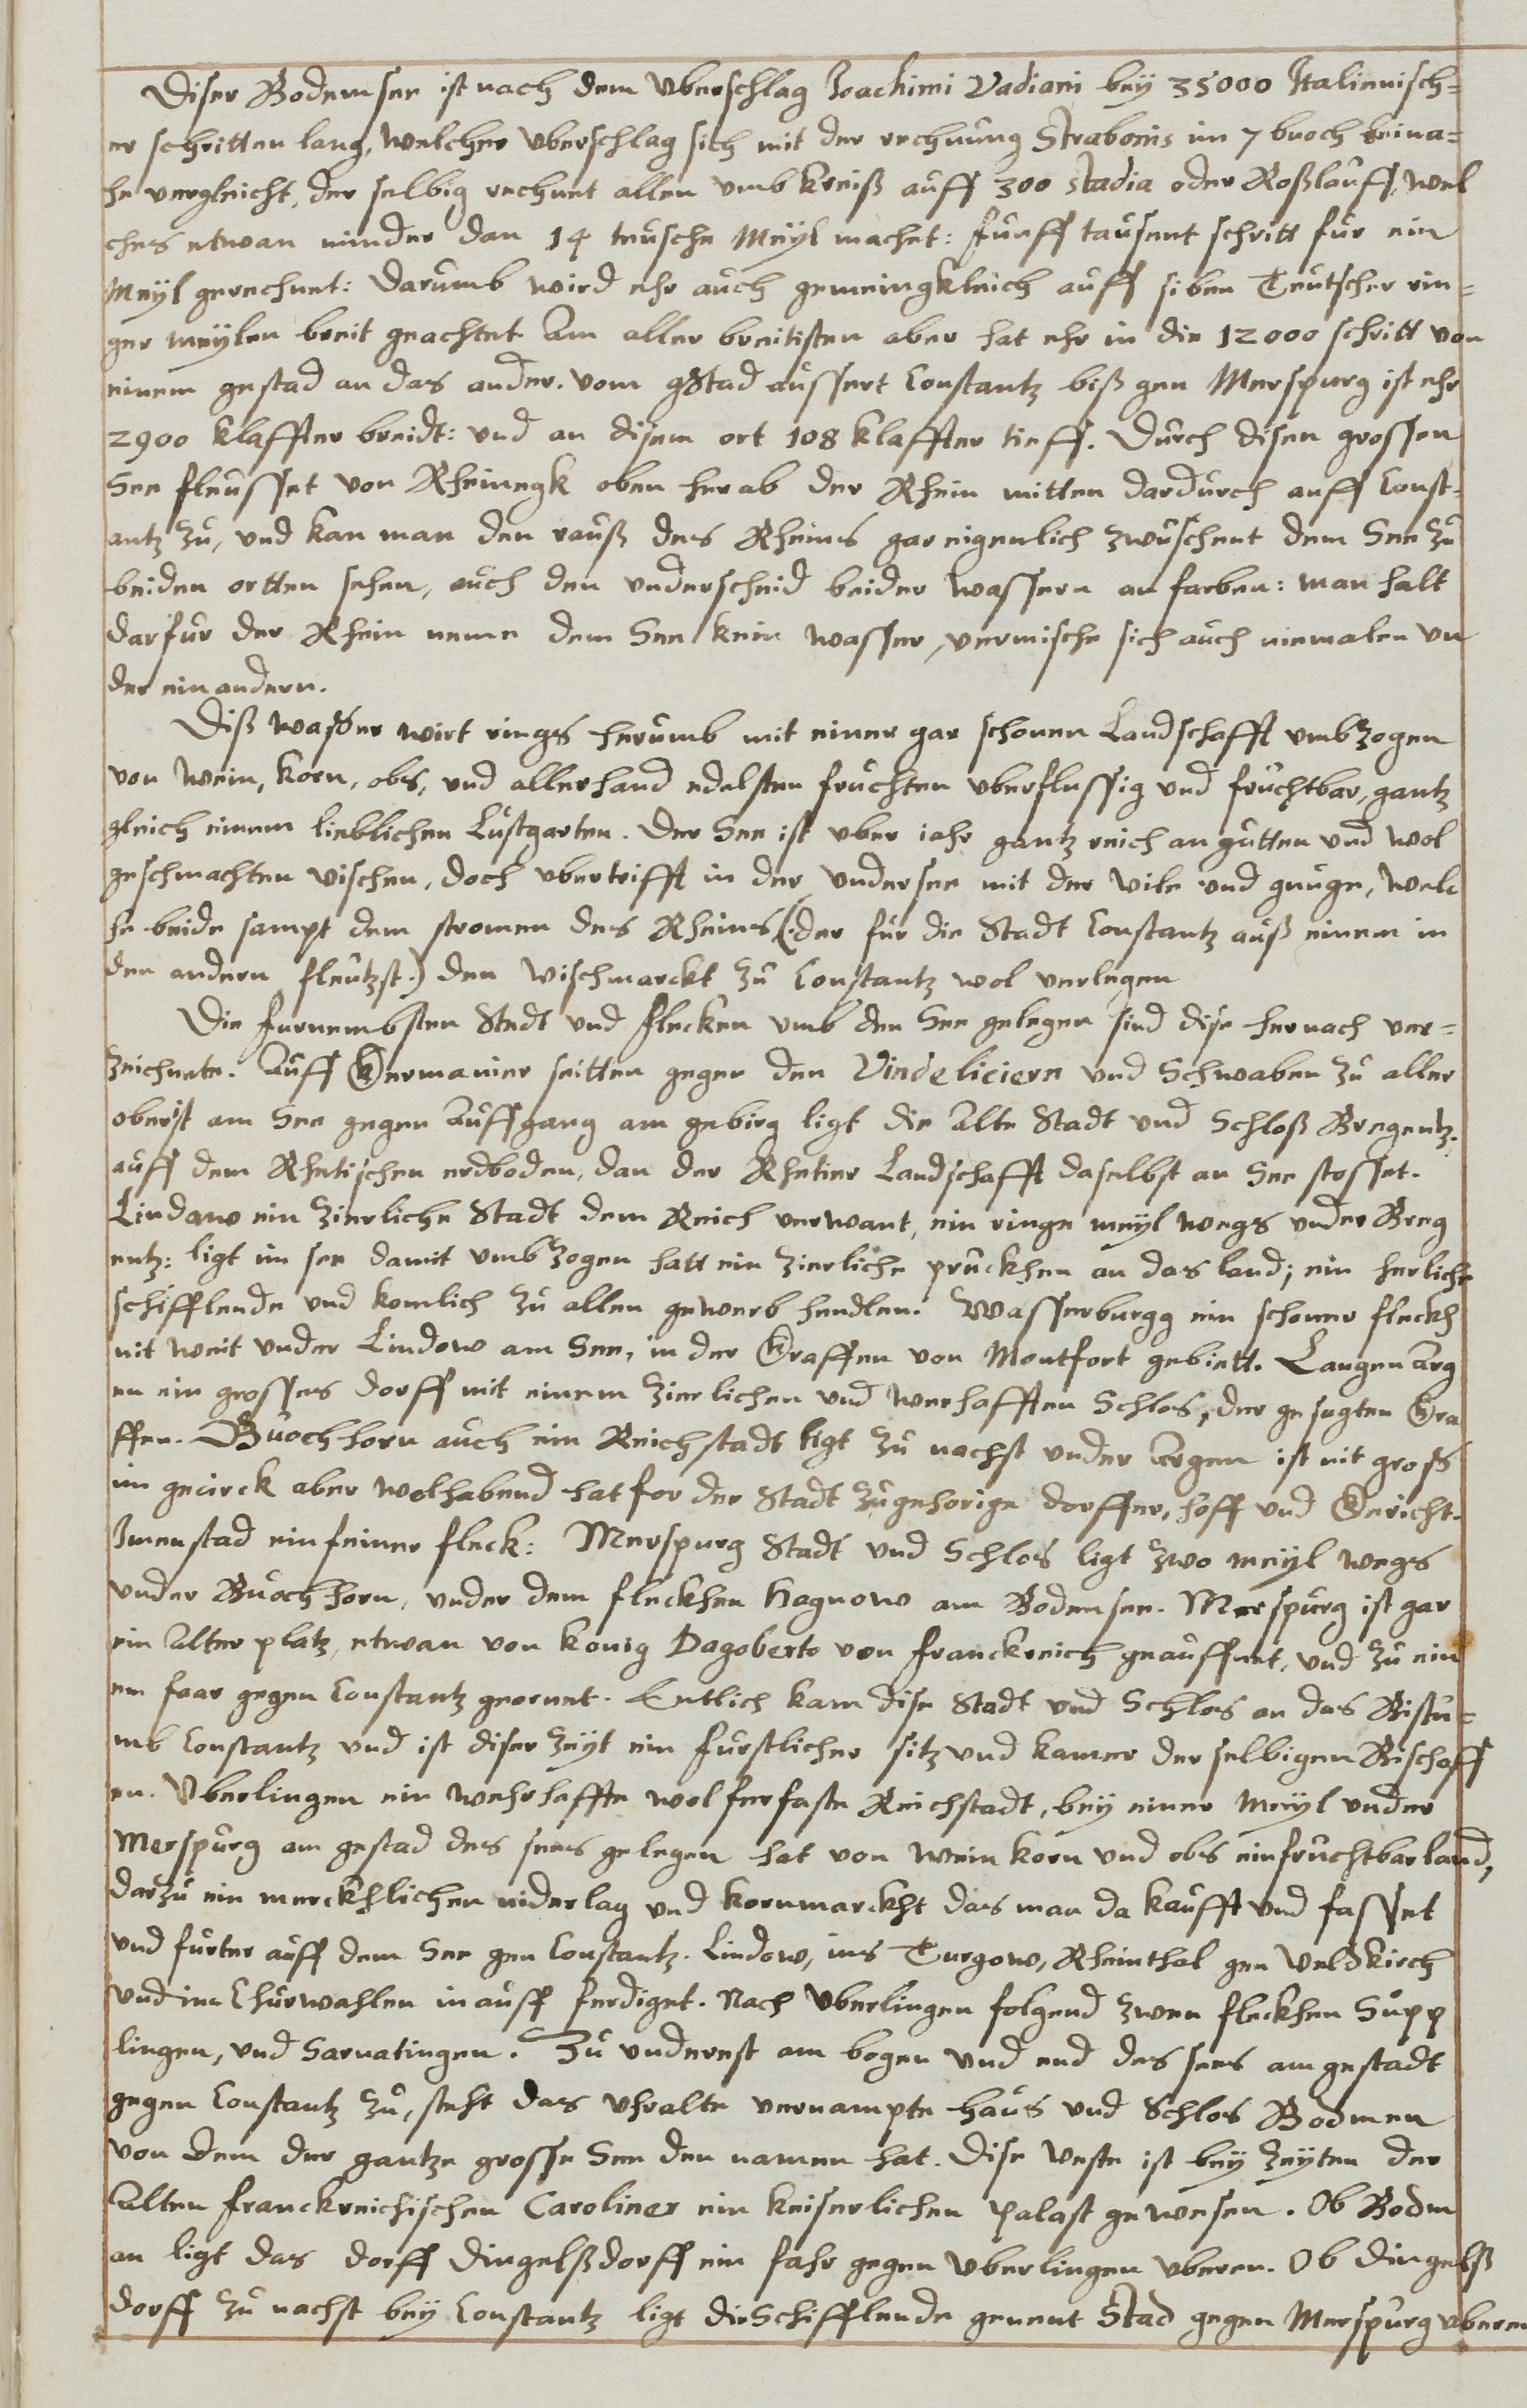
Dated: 1626–1656